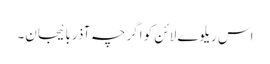
اس ریلوے لائن کو اگرچہ آذربائیجان۔